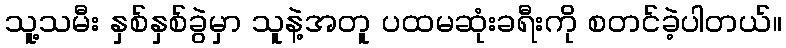
သူ့သမီး နှစ်နှစ်ခွဲမှာ သူနဲ့အတူ ပထမဆုံးခရီးကို စတင်ခဲ့ပါတယ်။